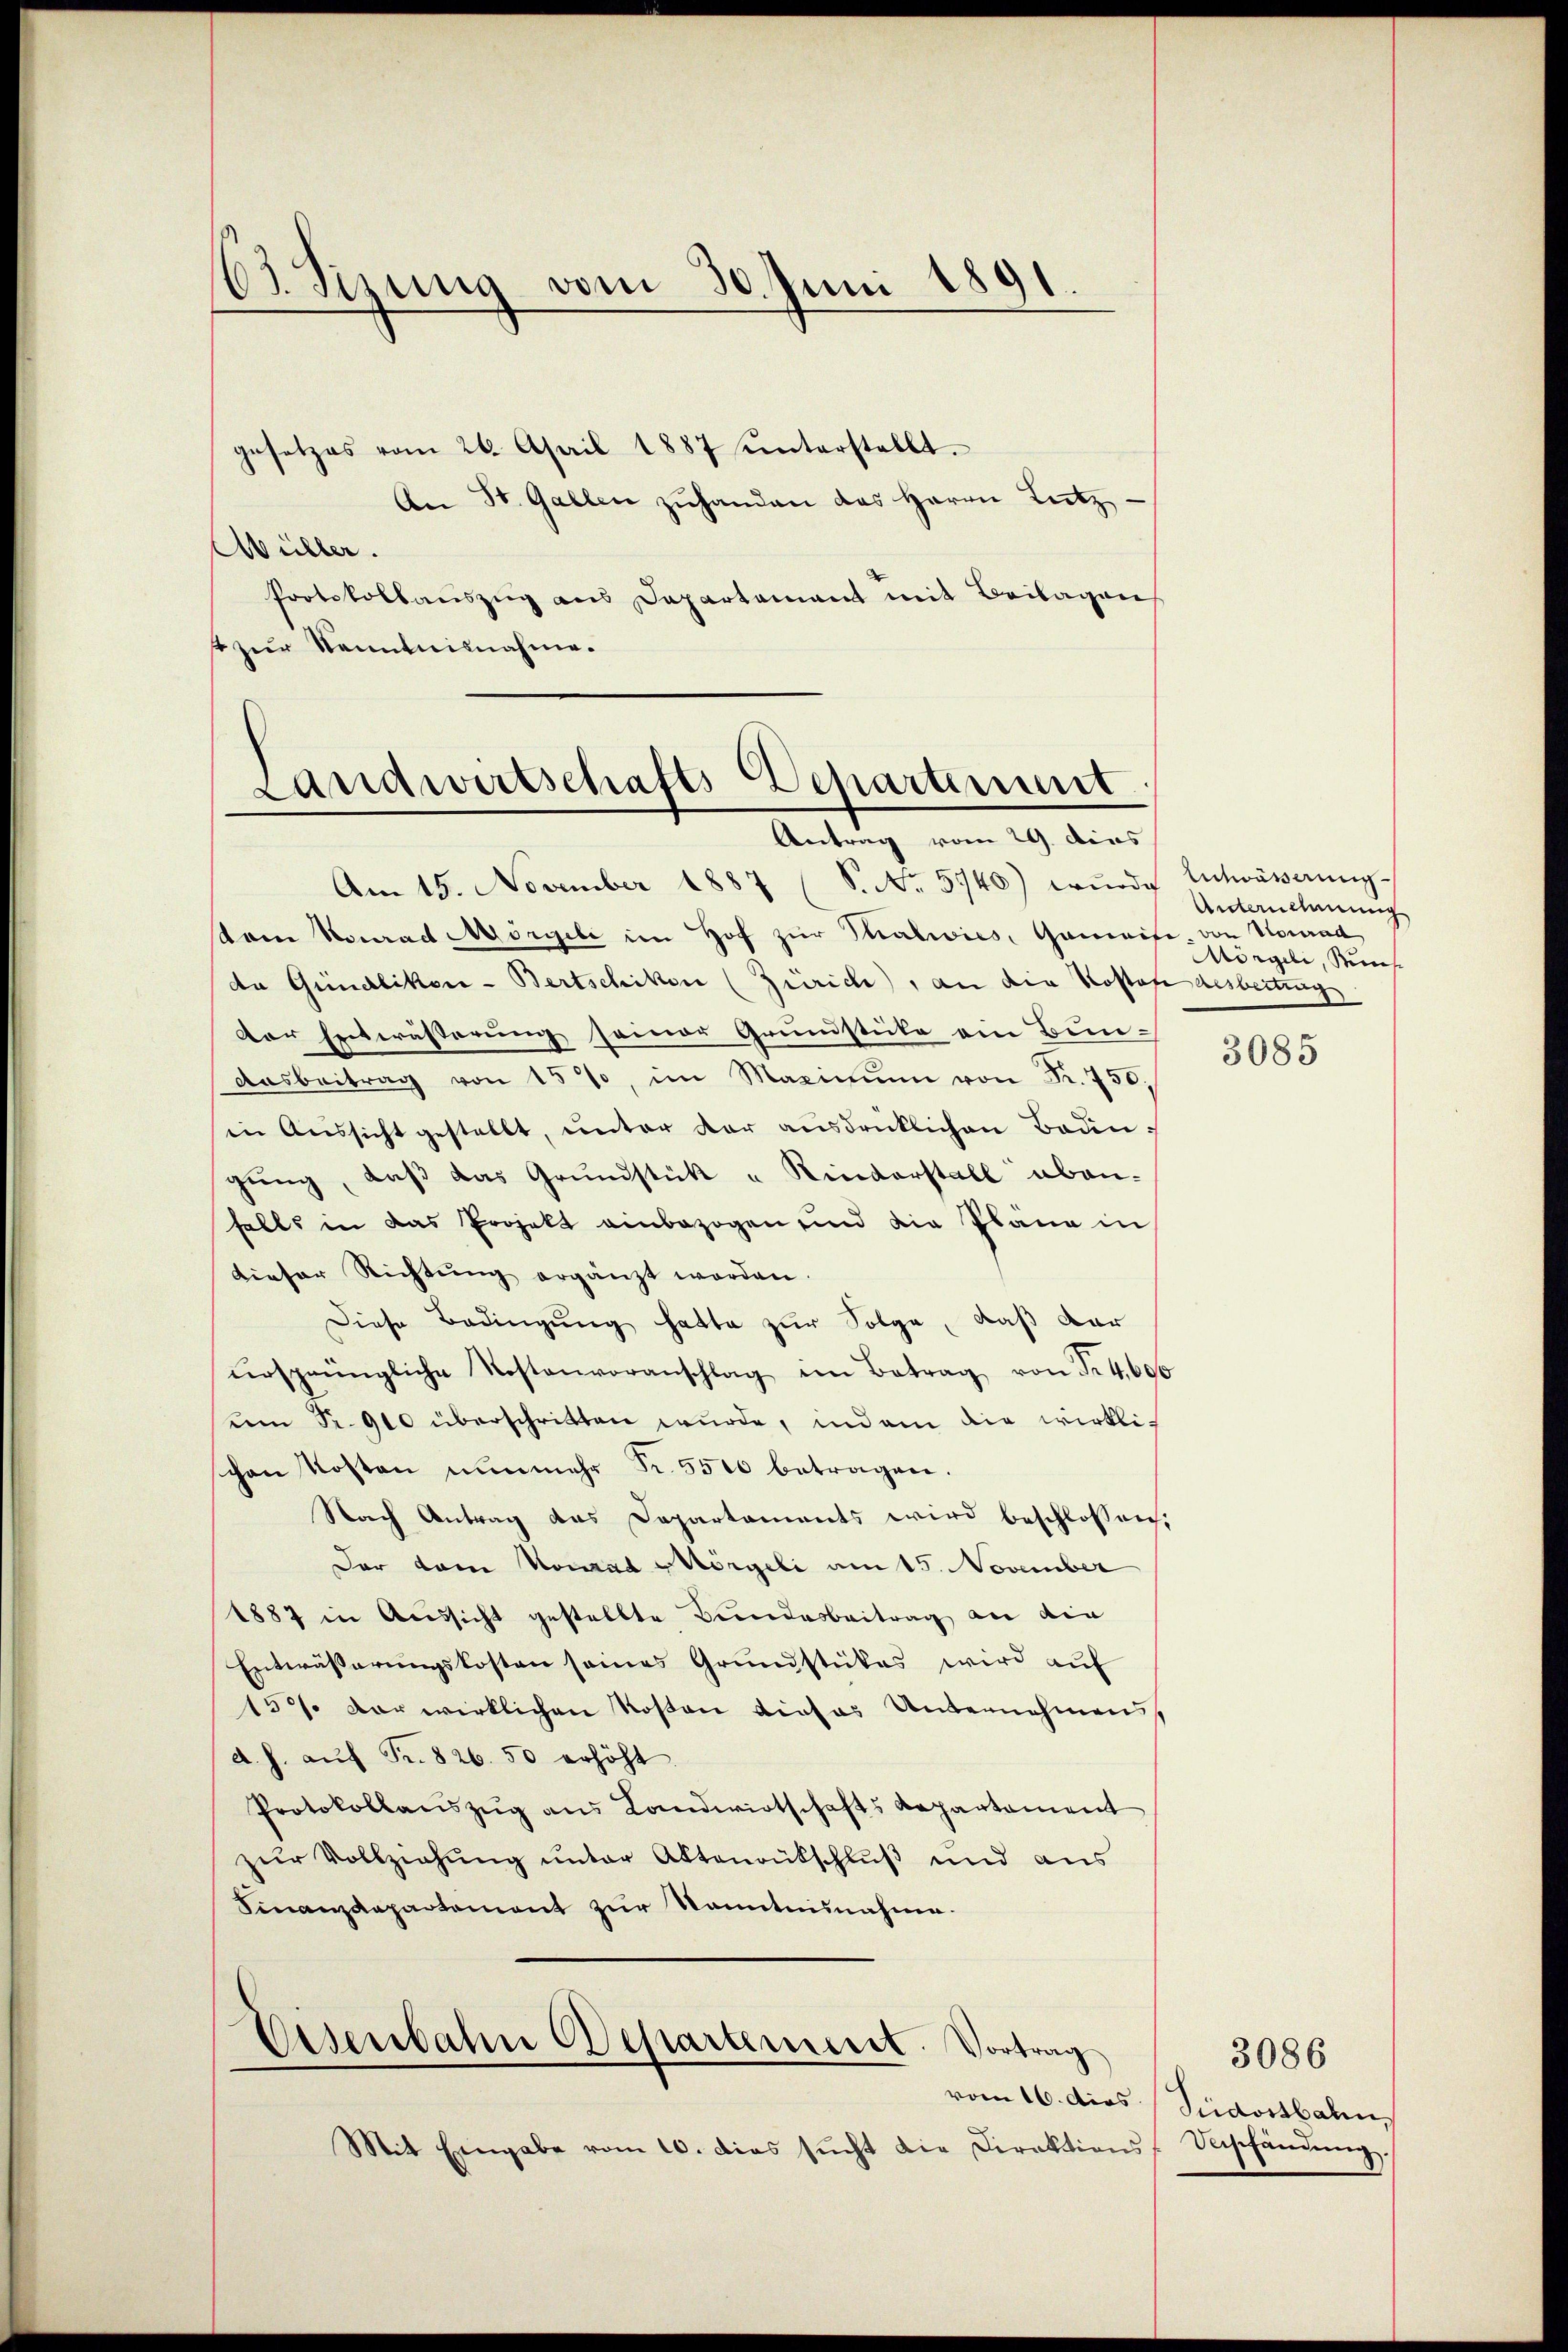
63. Sizung vom 30. Juni 1891

gesetzes vom 24. April 1887 unterstellt.
An St. Gallen zŭ handen das Herrn Letz
Wüller.
Protokollauszug aus Departement mit Beilagen
zur Kenntnisnahme.

Landwirtschafts-Departement
Antrag vom 29. dies

Am 15. November 1887 (S. Nr. 5740) würde Entwässerung
vom Konrad Morgele im Hof zŭr Thalwies, Gemeise von Konrad
da Gündlikon - Bertschiken (Zürich), an die Kostofe desbeitung
der Entwässerung seiner Grundstücke ein Bun¬
Aasbeitrag von 15%, im Maximum von Fr. 750.
in Aŭssicht gestellt, unter dar ausdrücklichen Bedingung, daß das Grundstück u Rinderstall aben-
falls in das Projekt einbezogen und die Plana in
dieser Richtŭng ergänzt worden.
Diese Bedingung hatte zur Folge, daß dar
ŭrsprüngliche Kostenvoranschlag im Betrag von Fr. 4,600
um Fr. 900 überschritten wurde, indem die wirkli-
schen Kosten nunmehr Fr. 5500 betragen.
Nach Antrag das Departaments wird beschlossen:
Der dem Konrad Störgeli am 15. November
1887 in Aussicht gestellte Bundesbeitrag an die
Entwässerungskosten seines Grundstükes wird auf
150. Der wirklichen Kosten dieses Unternehmens
d. h. aŭf Fr. 826. 50 erhöht.
Protokollanszŭg ans Landwirtschafts Repartament
zur Vollziehung unter Aktenrütschluß und aus
Finanzdepartement zur Kenntnisnahme.

Eisenbahn Departement. Vortrag

vom 16. dies
Mit Eingabe vom 10. dies sŭcht die Direktions Unschändŭng.

Unternehmung
Mörgeli, Kuns

3085

3086
Sidostbahn